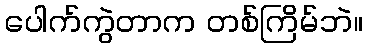
ပေါက်ကွဲတာက တစ်ကြိမ်ဘဲ။